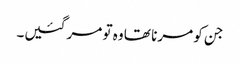
جن کو مرنا تھا وہ تو مر گئیں۔